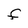
Character: F